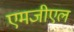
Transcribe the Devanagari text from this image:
एमजीएल